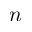
n